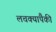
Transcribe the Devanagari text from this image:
लचक्यांपैकी